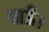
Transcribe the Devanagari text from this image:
धाऊँ।